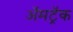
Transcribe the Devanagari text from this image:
ॲमट्रॅक